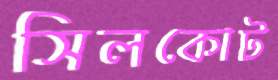
সিলকোট